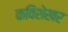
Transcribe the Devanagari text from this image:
कविशेखर